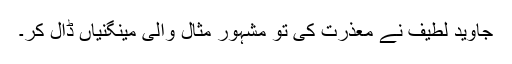
جاوید لطیف نے معذرت کی تو مشہور مثال والی مینگنیاں ڈال کر۔